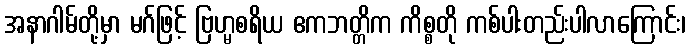
အနာဂါမ်တို့မှာ မဂ်ဖြင့် ဗြဟ္မစရိယ ဧကဘတ္တိက ကိစ္စတို ကစ်ပါးတည်းပါလာကြောင်း၊